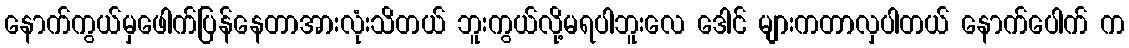
နောက်ကွယ်မှဖေါက်ပြန်နေတာအားလုံးသိတယ် ဘူးကွယ်လို့မရပါဘူးလေ ဒေါင် များကတာလှပါတယ် နောက်ပေါက် က